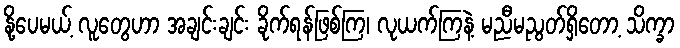
နို့ပေမယ့် လူတွေဟာ အချင်းချင်း ခိုက်ရန်ဖြစ်ကြ၊ လုယက်ကြနဲ့ မညီမညွတ်ရှိတော့ သိက္ခာ